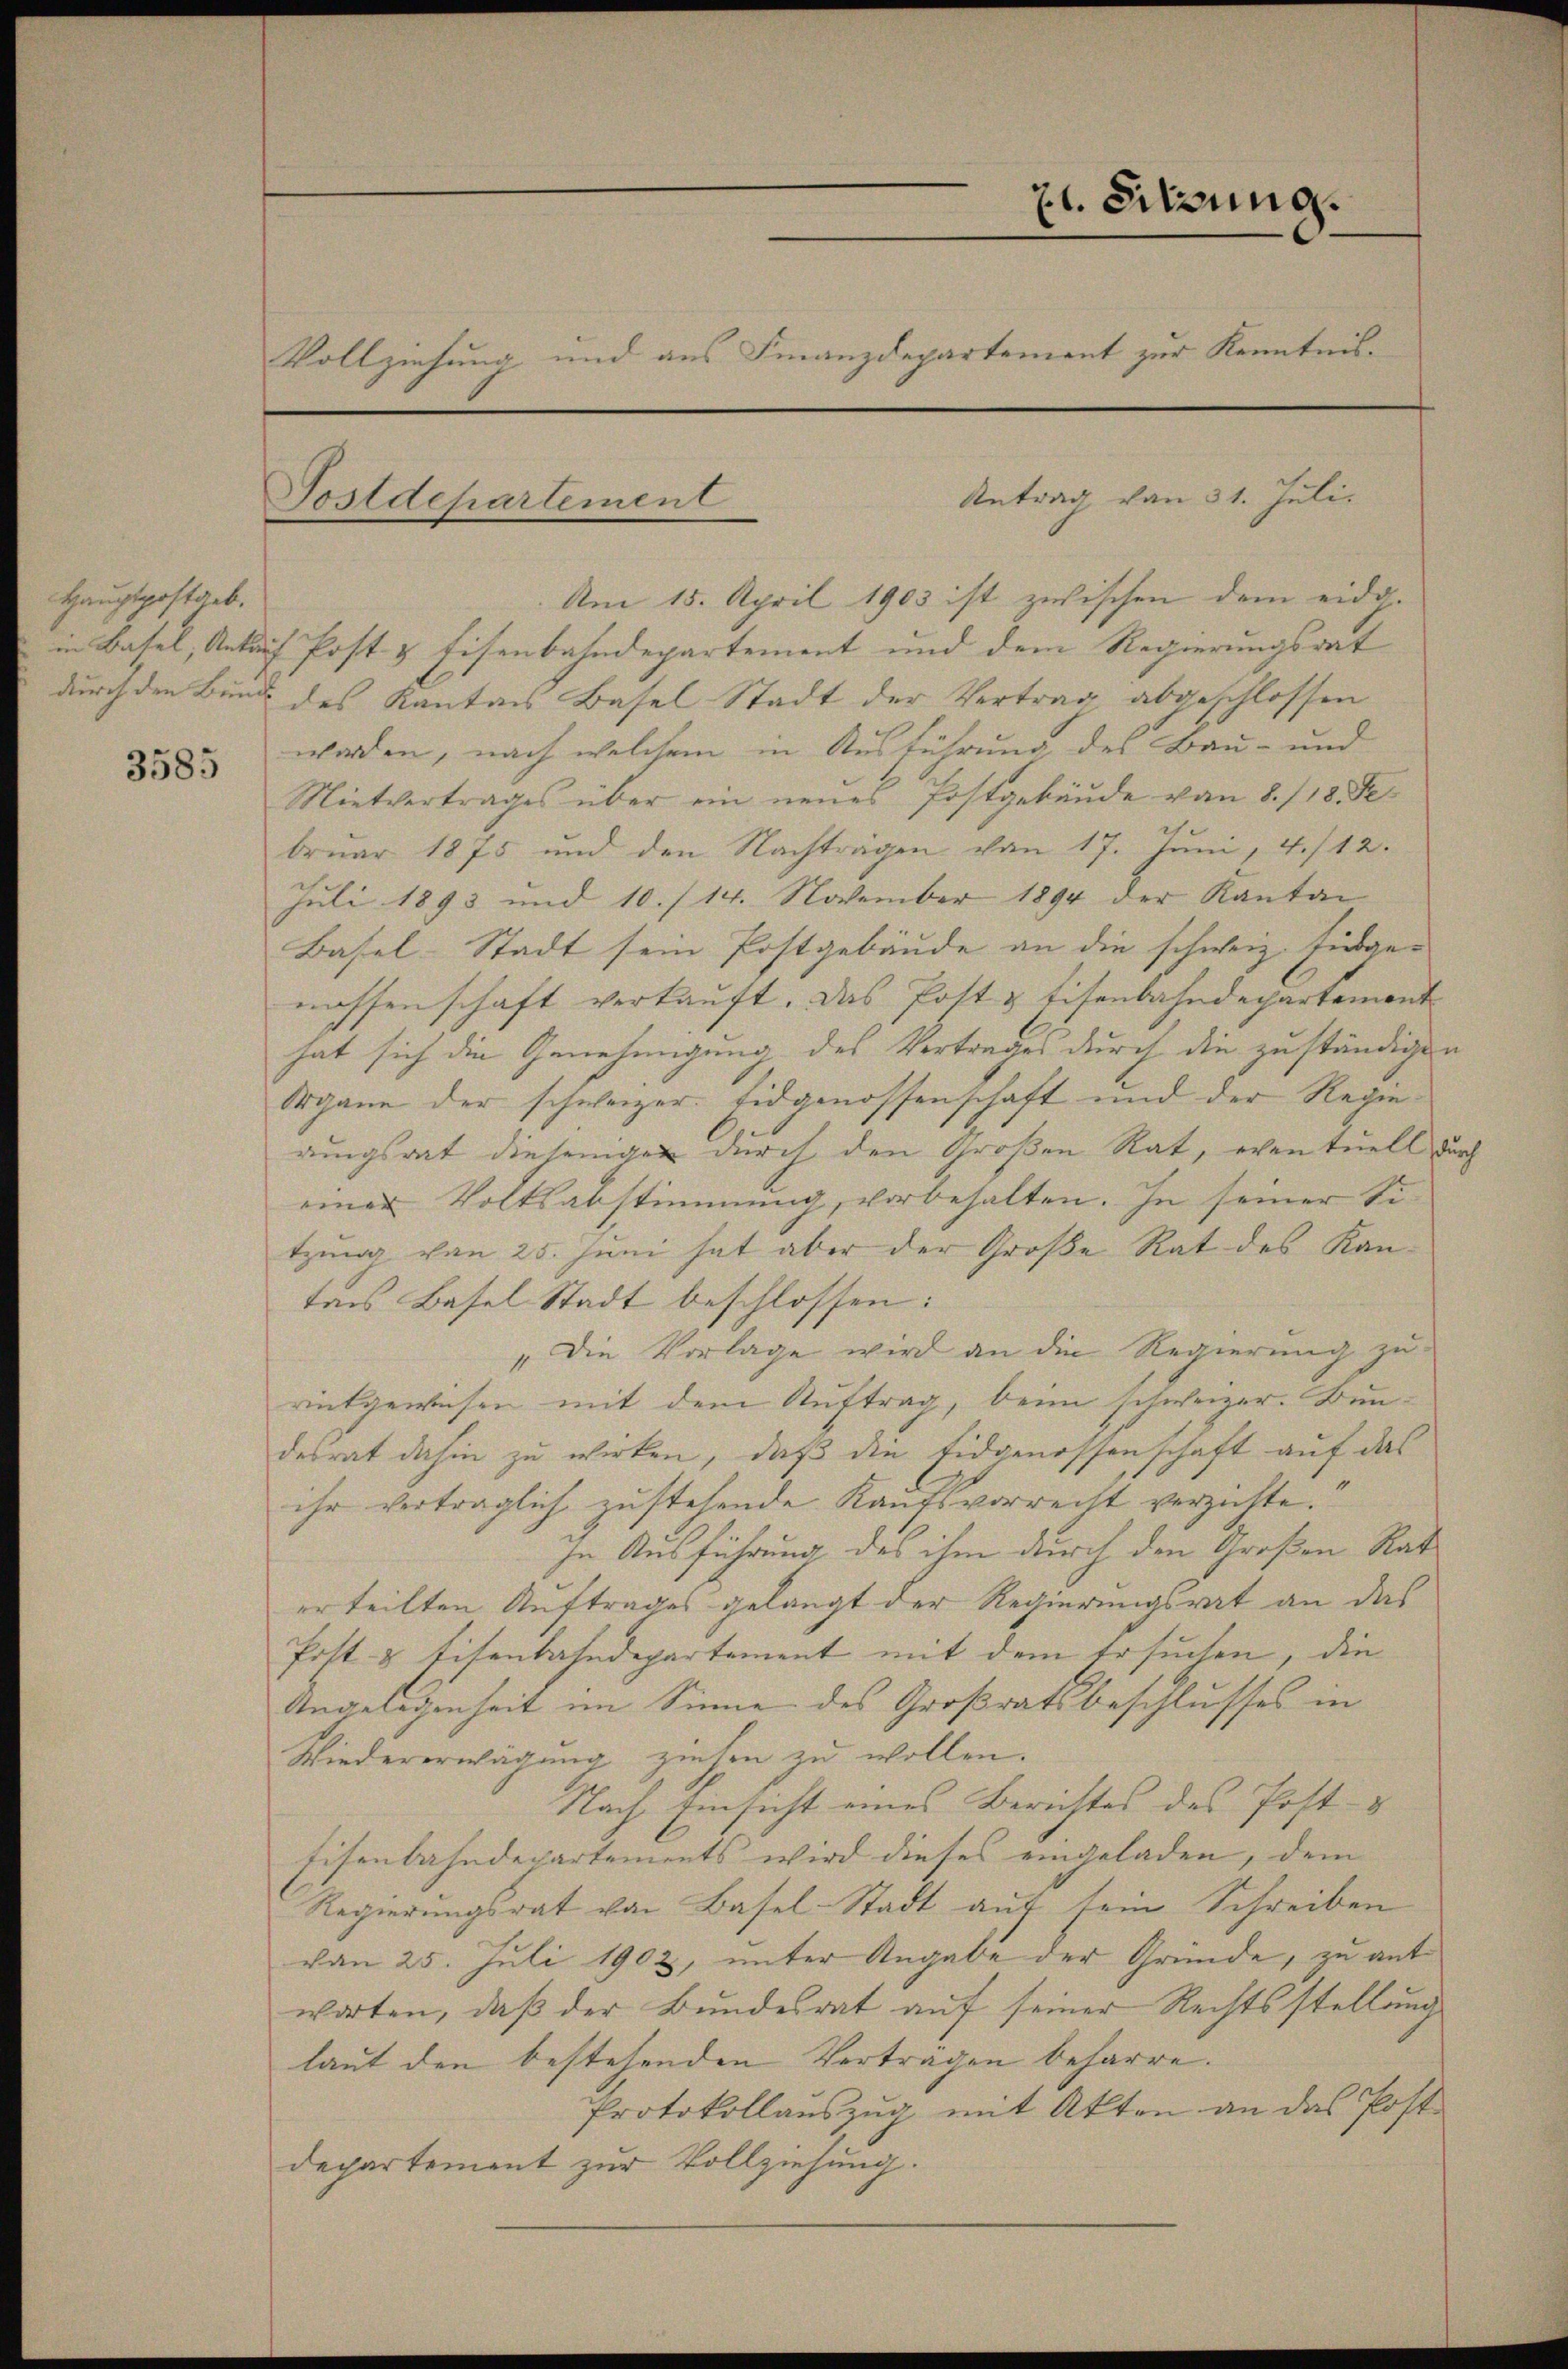
Hauptpostgeb.

3585

x. Sitzung.
Vollziehung und aus Finanzdepartement zur Kenntnis¬

Postdepartement

Am 15. April 1903 ist zwischen dem eidg.
in Basel, Ankauf Post & Eisenbahndepartement und dem Regierungsrat
durch den Bunde des Kantons Basel Stadt der Vertrag abgeschlossen
worden, nach welchem in Ausführung des Bau- und
Mietvertrages über ein neues Postgebäude von 8./18. Februar 1875 und den Nachträgen von 17. Juni, 4./12.
Juli 1893 und 10./14. November 1894 der Kanton
Basel-Stadt sein Postgebäude an die schweiz. Eidge-
nassenschaft verkauft. Das Post & Eisenbahndepartement
hat sich die Genehmigung des Vortrages durch die zuständigen
Organe der schweizer. Eidgenossenschaft und der Regierungsrat diejenigen durch den Großen Rat, eventuell durch
einer Volksabstimmung, vorbehalten. In seiner Sitzung von 25. Juni hat aber der Große Rat des Kan-
tons Basel Stadt beschlossen:
"Die Vorlage wird an die Regierung zu
rückgewiesen mit dem Auftrag, beim schweizer. Bundesrat dahin zu wirken, daß die Eidgenossenschaft auf das
ihr vertraglich zustehende Kaufsvorrecht verzichte.“
In Ausführung des ihm durch den Großen Rath
erteilten Auftrages gelangt der Regierungsrat an das
Post- & Eisenbahndepartement mit dem Ersuchen, die
Angelegenheit im Sinne des Großratsbeschlusses in
Wiedererwägung ziehen zu wollen.
Nach Einsicht eines Berichtes des Post-
Eisenbahndepartements wird dieses eingeladen, dem
Regierungsrat von Basel-Stadt auf sein Schreiben
von 25. Juli 1902, unter Angabe der Gründe, zu antwarten, daß der Bundesrat auf seiner Rechtsstellung
laut den bestehenden Verträgen beharre.
Protokollauszug mit Akten an das Post
departement zur Vollziehung.

Antrag von 31. Juli.